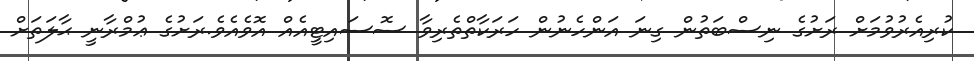
ކުރިއެރުވުމަށް ރަށުގެ ނިސްބަތުން ގިނަ އަންހެނުން ހަރަކާތްތެރިވާ ސޮސައިޓީއެއް އޮވެއެވެ.ރަށުގެ ޢުމްރާނީ ޙާލަތަށް